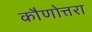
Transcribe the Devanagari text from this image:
कौणोत्तरा